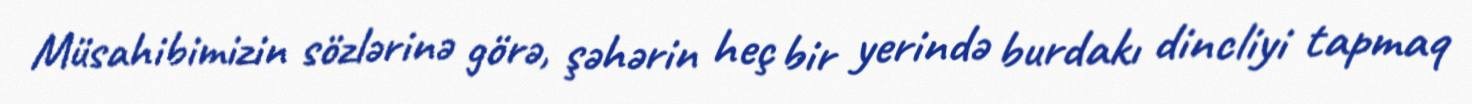
Müsahibimizin sözlərinə görə, şəhərin heç bir yerində burdakı dincliyi tapmaq